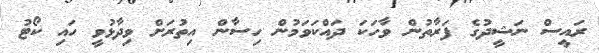
ރައީސް ނަޝީދުގެ ފަރާތުން ވާހަކަ ދައްކަވަމުން ހިސާން އިތުރަށް ވިދާޅުވީ ހައި ކޯޓު